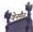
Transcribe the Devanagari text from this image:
वेनमैन